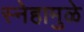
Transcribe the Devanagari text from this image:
स्नेहामुळे